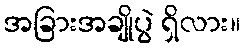
အခြားအချိုပွဲ ရှိလား။